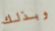
وبذلك